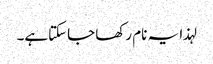
لہذا یہ نام رکھا جاسکتاہے۔